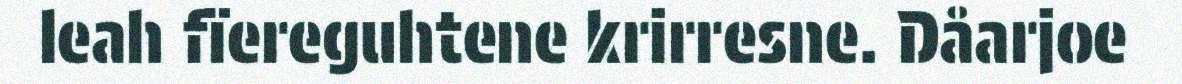
leah fïereguhtene krirresne. Dåarjoe